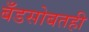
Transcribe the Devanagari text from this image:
बँडसोबतही